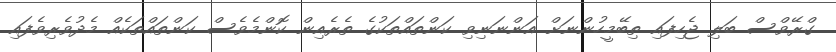
ގްރޭވްސް ބަލި ޖެހިފައި ތިބޭމީހުންނަށް އަންނަނިވި ކަންތައްތަކުގެ ތެރެއިން ކޮންމެވެސް ކަންތައްތަކެއް މެދުވެރިވެފައި